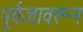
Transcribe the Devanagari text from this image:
पूर्वजावरून